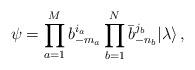
LaTeX: \begin{align*}\psi=\prod_{a=1}^Mb^{i_a}_{-m_a}\prod_{b=1}^N\bar b^{j_b}_{-n_b}|\lambda\rangle\,,\end{align*}